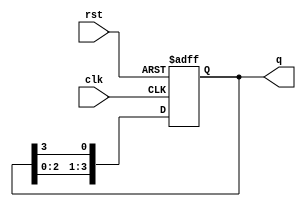
module ring_counter #(
    parameter N = 4  // Number of bits in the ring counter
)(
    input wire clk,   // Clock signal
    input wire rst,   // Asynchronous reset signal
    output reg [N-1:0] q  // Output state of the counter
);

// Initial state of the counter
initial begin
    q = 1'b1; // Initialize the first flip-flop to '1', others to '0'
end

// Always block triggered on clock edge or reset
always @(posedge clk or posedge rst) begin
    if (rst) begin
        // On reset, set the counter to initial state
        q <= 1'b1; // Reset to '1000' (for N=4)
    end else begin
        // Shift the '1' to the right
        q <= {q[N-2:0], q[N-1]}; // Feedback the last flip-flop to the first
    end
end

endmodule